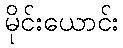
မိုင်းယောင်း